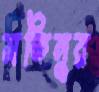
মতিনুর